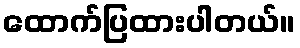
ထောက်ပြထားပါတယ်။